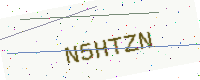
Text: N5HTZN